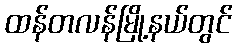
ထန်တလန်မြို့နယ်တွင်